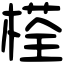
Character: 𣗎